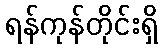
ရန်ကုန်တိုင်းရှိ